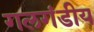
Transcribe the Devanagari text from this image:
गलगंडीय